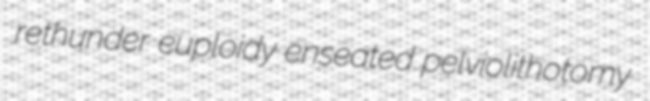
rethunder euploidy enseated pelviolithotomy